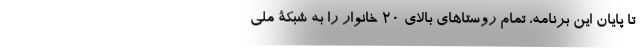
تا پایان این برنامه، تمام روستاهای بالای 20 خانوار را به شبکۀ ملی